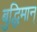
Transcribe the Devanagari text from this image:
बुद्धिमान्‌